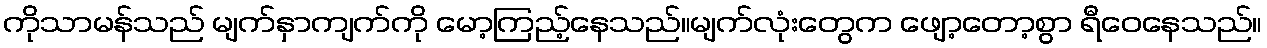
ကိုသာမန်သည် မျက်နှာကျက်ကို မော့ကြည့်နေသည်။မျက်လုံးတွေက ဖျော့တော့စွာ ရီဝေနေသည်။